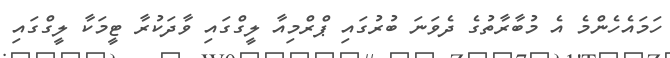
ހަމައެހެންމެ އެ މުބާރާތުގެ ދެވަނަ ބުރުގައި ޕްރްމިއާ ލީގްގައި ވާދަކުރާ ޓީމަކާ ލީގްގައި